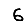
Digit: 6